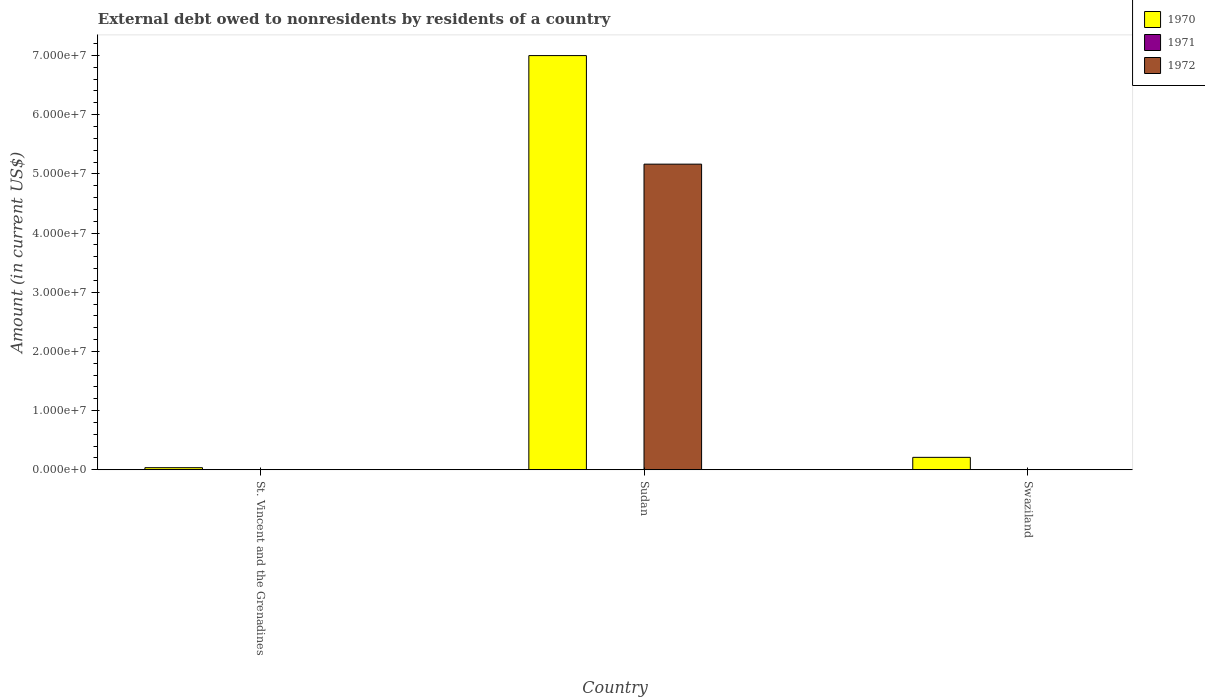
| Country | 1970 | 1971 | 1972 |
 | --- | --- | --- | --- |
 | St. Vincent and the Grenadines | 3.6e+05 | 3e+03 | 1.5e+04 |
 | Sudan | 7e+07 | -7.75e+06 | 5.16e+07 |
 | Swaziland | 2.10e+06 | -2.47e+06 | -1.2e+06 |